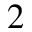
2